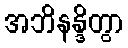
အဘိနန္ဒိတွာ